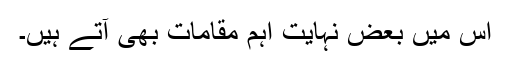
اس میں بعض نہایت اہم مقامات بھی آتے ہیں۔